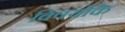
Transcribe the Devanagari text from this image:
विषयोंके